Leprosy in India: report of the Leprosy Commission in India, 1890-91
Year: 1890
Disease focus: Leprosy
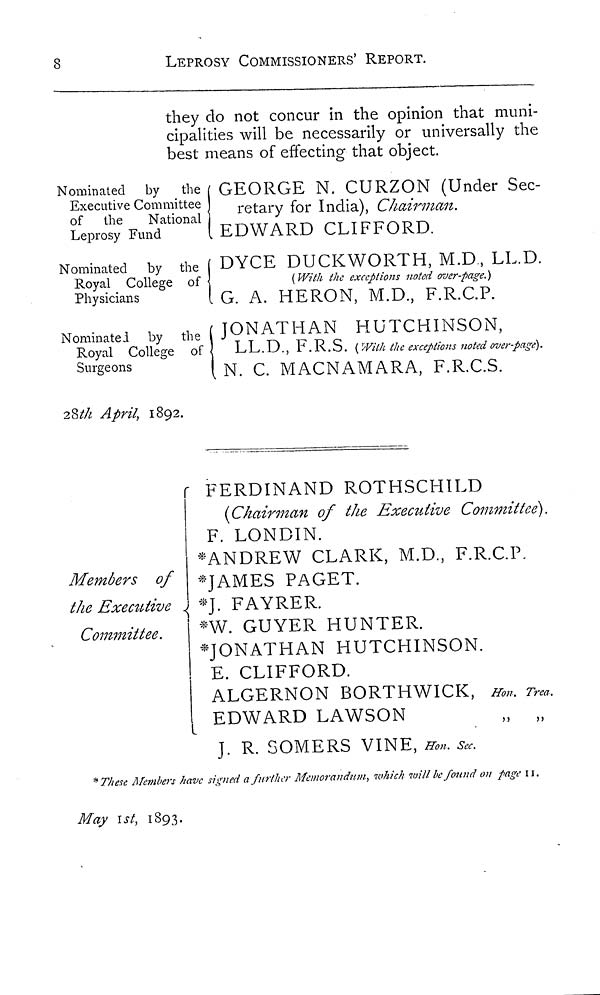
8
LEPROSY COMMISSIONERS' REPORT.
they do not concur in the opinion that muni-
cipalities will be necessarily or universally the
best means of effecting that object.
Nominated by the GEORGE N. CURZON (Under Sec-
Executive Committee retary for India) Chairman.
of
the
National
Leprosy Fund
EDWARD CLIFFORD.
Nominated by the ( DYCE DUCKWORTH, M.D , LL.D.
Royal College of {
(With
the exceptions noted over-page.)
Physicians
( G. A. HERON, M.D., F.R.C.P.
NommateJ by the JONATHAN HÜTCHINSON,
Royal College
of
LL.D., F.R.S. (With the exceptions noted over-page).
Surgeons
N.C.
MACNAMARA, F.R.C.S.
28th April, 1892.
FERDINAND ROTHSCHILD
{Chairman of the Executive Committee).
F. LONDIN.
*ANDREW CLARK, M.D, F.R.C.P,
Members of * JAMES PAGET.
the Executive
*J. FAYRER.
Committee.
*W. GUYER HUNTER.
JONATHAN HUTCHINSON.
E. CLIFFORD.
ALGERNON BORTHWICK, Hon. Trea.
EDWARD LAWSON
„ „
J. R. SOMERS VINE, Hon. sec.
* These Members have signed a further Memorandum, which will be found on page u.
May 1st, 1893.